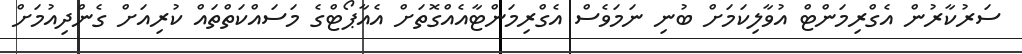
ސަރުކާރުން އެގްރިމަންޓް އުވާލިކަމަށް ބުނި ނަމަވެސް އެގްރިމަންޓާއެއްގޮތަށް އެއާޕޯޓްގެ މަސައްކަތްތައް ކުރިއަށް ގެންދިއުމަށް